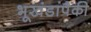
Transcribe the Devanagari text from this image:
भूखंडांपैकी